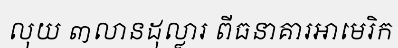
លុយ ៣លានដុល្លារ ពីធនាគារអាមេរិក